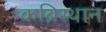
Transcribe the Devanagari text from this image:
कब्रिस्थान